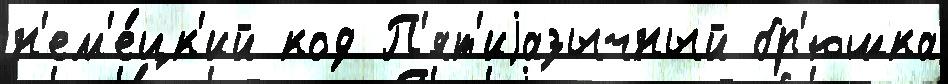
н'ем'е́цк'ий код П'ят'иjазычный бр'юшка